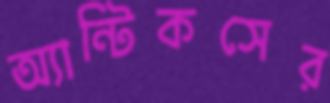
অ্যান্টিকসের